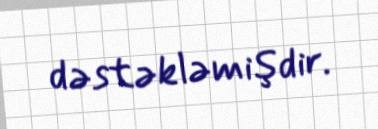
dəstəkləmişdir.